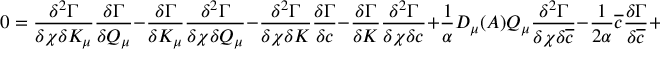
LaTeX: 0 = \frac { \delta ^ { 2 } \Gamma } { \delta \chi \delta K _ { \mu } } \frac { \delta \Gamma } { \delta Q _ { \mu } } - \frac { \delta \Gamma } { \delta K _ { \mu } } \frac { \delta ^ { 2 } \Gamma } { \delta \chi \delta Q _ { \mu } } - \frac { \delta ^ { 2 } \Gamma } { \delta \chi \delta K } \frac { \delta \Gamma } { \delta c } - \frac { \delta \Gamma } { \delta K } \frac { \delta ^ { 2 } \Gamma } { \delta \chi \delta c } + \frac { 1 } { \alpha } D _ { \mu } ( A ) Q _ { \mu } \frac { \delta ^ { 2 } \Gamma } { \delta \chi \delta \overline { { { c } } } } - \frac { 1 } { 2 \alpha } \overline { { { c } } } \frac { \delta \Gamma } { \delta \overline { { { c } } } } + \frac { \delta \Gamma } { \delta \alpha } \, .